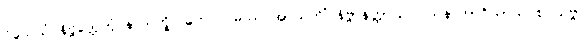
ဝိသေသံ နိဗ္ဗတ္တေတုံ နာသက္ခိ။ ကေဝလမဿ အာယတိံ နိဗ္ဗာနတ္ထာယ ဝါသနာဘာဂိယာယ စ သဗ္ဗာ